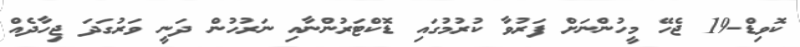
ކޮވިޑް-19 ޖެހޭ މީހުންނަށް ފަރުވާ ކުރުމުގައި ޑޮކްޓަރުންނާއި ނަރުހުން ދަނީ ވަރުގަދަ ޖިހާދެއް